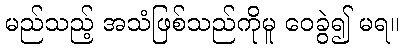
မည်သည့် အသံဖြစ်သည်ကိုမူ ဝေခွဲ၍ မရ။